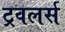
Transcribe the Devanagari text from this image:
ट्रवलर्स